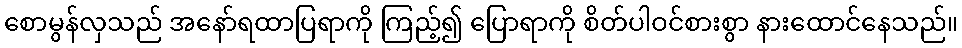
စောမွန်လှသည် အနော်ရထာပြရာကို ကြည့်၍ ပြောရာကို စိတ်ပါဝင်စားစွာ နားထောင်နေသည်။